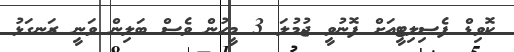
ކޮވިޑް ފެސިލިޓީއަށް ފޮނުވީ ޖުމުލަ 3 މީހުން ވެސް ބަލިން ވަނީ ރަނގަޅު